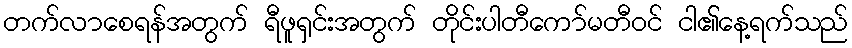
တက်လာစေရန်အတွက် ရီဖူရှင်းအတွက် တိုင်းပါတီကော်မတီဝင် ငါ၏နေ့ရက်သည်